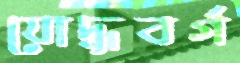
যোদ্ধৃবর্গ